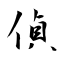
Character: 偵